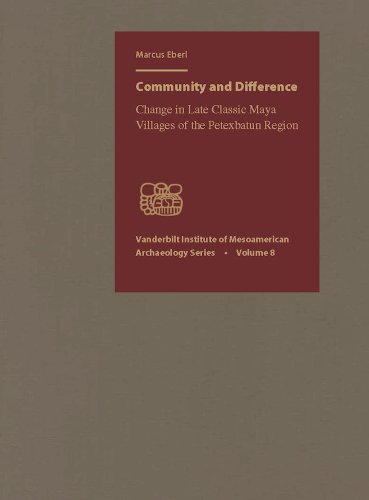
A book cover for Community and Difference: Change in Late Classic Maya Villages of the Petexbatun Region (Vanderbilt Institute of Mesoamerican Archaeology Series); Markus Eberl; History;